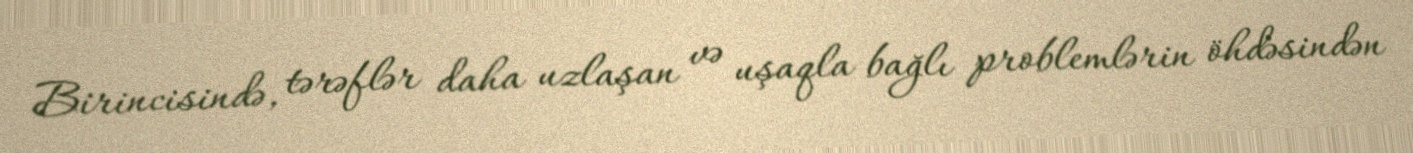
Birincisində, tərəflər daha uzlaşan və uşaqla bağlı problemlərin öhdəsindən